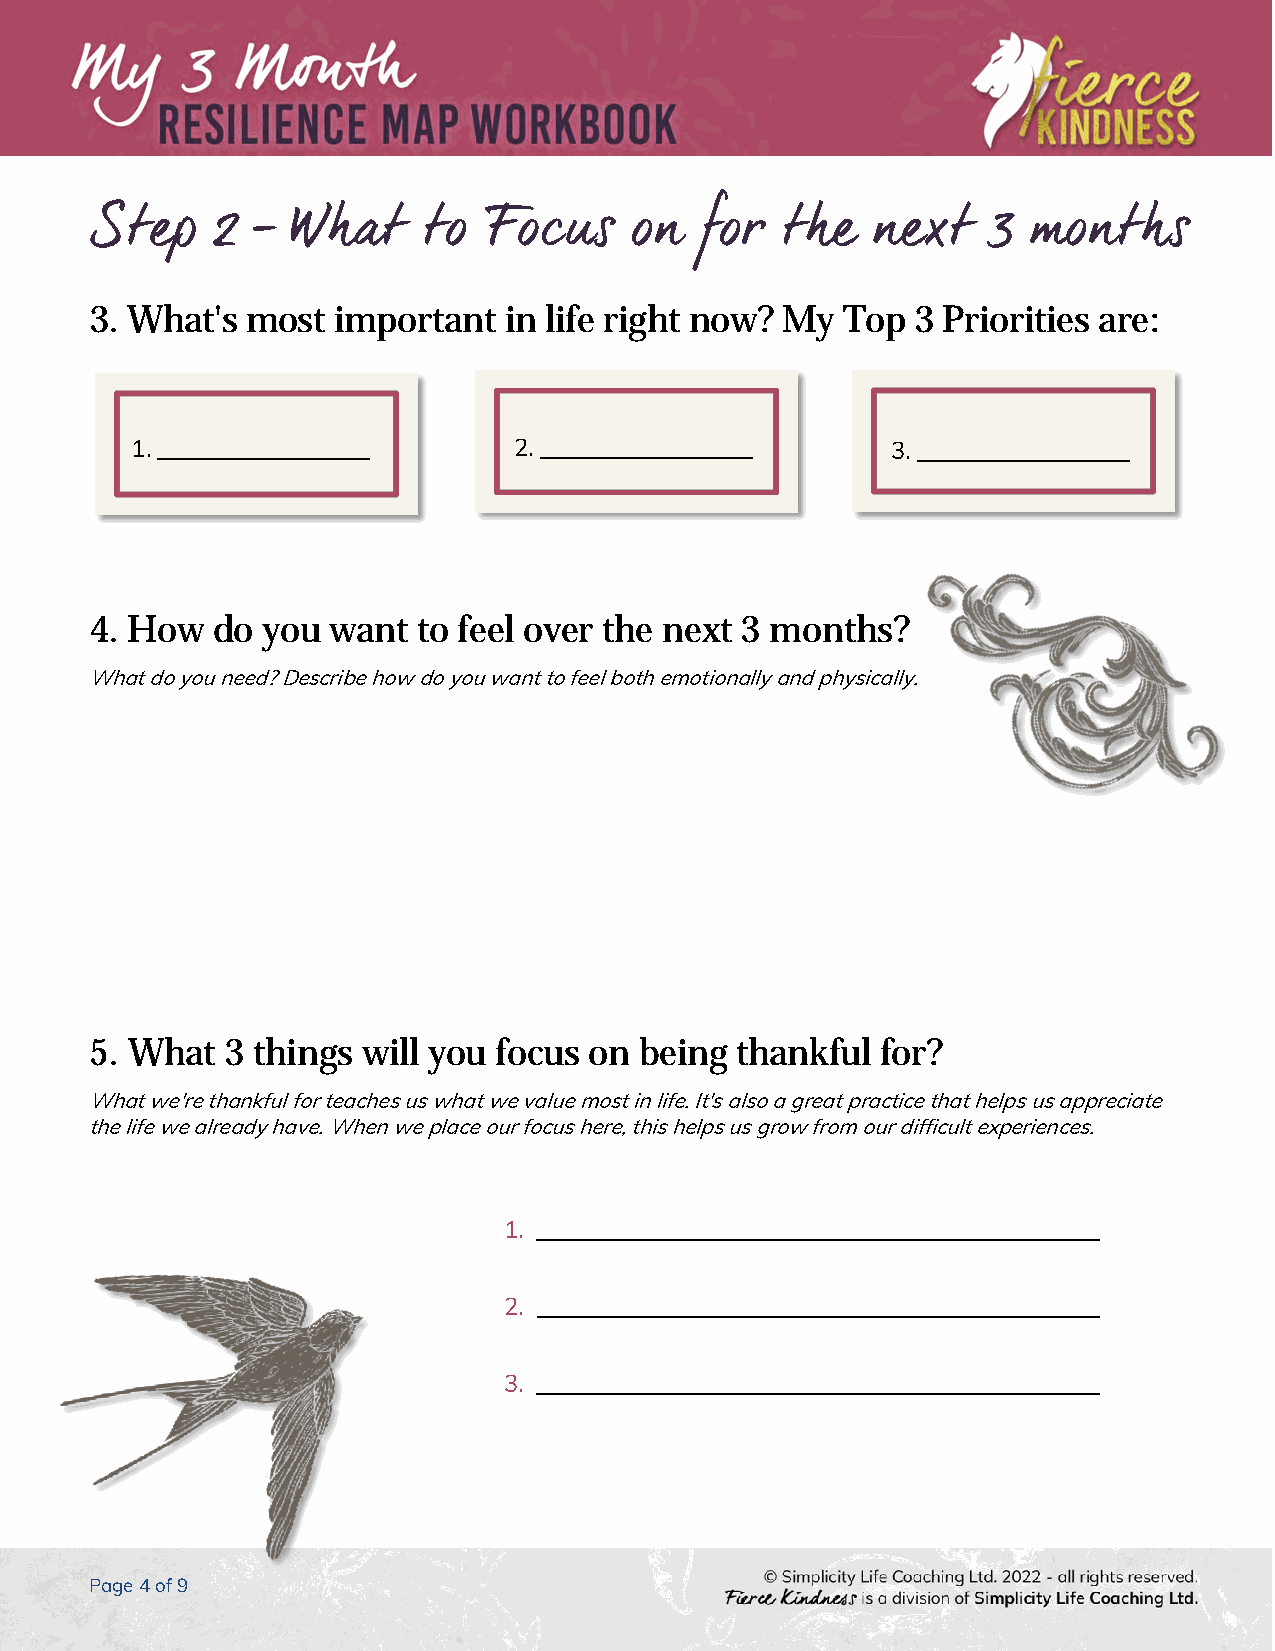
Step    2 -  What     to  Focus     on  for   the   next   3  months
 3. What's most  important  in life right now? My  Top  3 Priorities are:
 1. _________________     2. _________________     3. _________________
 4. How  do you  want  to feel over the next 3 months?
 What do you need? Describe how do you want to feel both emotionally and physically.
 5. What  3 things will you focus on being  thankful for?
 What we're thankful for teaches us what we value most in life. It's also a great practice that helps us appreciate
 the life we already have. When we place our focus here, this helps us grow from our difficult experiences.
 1. _____________________________________________
 2. _____________________________________________
 3. _____________________________________________
 Page 4 of 9